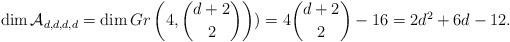
LaTeX: \begin{align*} \dim {\mathcal A}_{d,d,d,d}=\dim Gr \left (4, \binom{d+2}{2} \right) )= 4\binom{d+2}{2}-16=2d^2+6d-12. \end{align*}